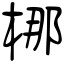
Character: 梛